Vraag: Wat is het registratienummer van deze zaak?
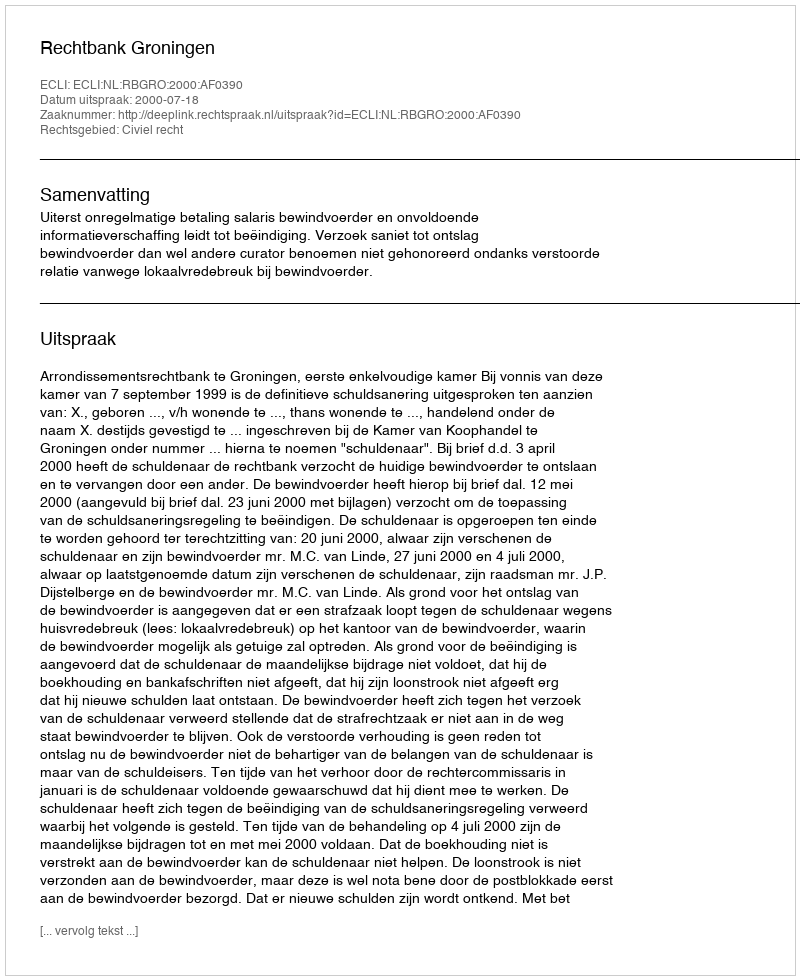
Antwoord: http://deeplink.rechtspraak.nl/uitspraak?id=ECLI:NL:RBGRO:2000:AF0390